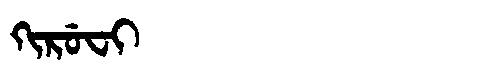
Manchu: ᡴᡳᡵᡠᠸᡳ
Romanization: KIRUFI